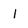
Character: 1